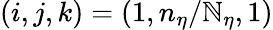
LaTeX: (i,j,k)=(1,n_{\eta}/\mathbb{N}_{\eta},1)